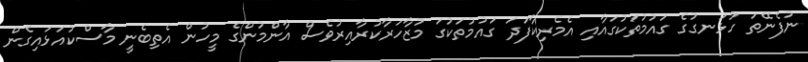
ނުފެނޭތަ ހުޅަނގުގެ ގައުމުތަކުގައާއި އެމެރިކާފަދަ ގައުމުތަކުގަ މުޒާހަރާކުރާއިރުވެސް އާންމުންގެ މީހުން އެތިބެނީ މާސްކުއަޅައިގެން